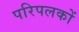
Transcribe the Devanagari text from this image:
परिपलकों